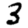
Digit: 3